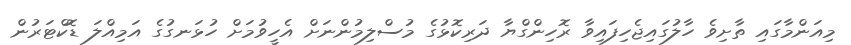
މިއަންމާގައި ތާށިވެ ހާލުގައިޖެހިފައިވާ ރޮހިންގްޔާ ދަރިކޮޅުގެ މުސްލިމުންނަށް އެހީވުމަށް ހުޅަނގުގެ އަމިއްލަ ޑޮކްޓަރުން